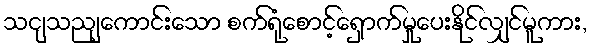
သငျသညျကောင်းသော စက်ရုံစောင့်ရှောက်မှုပေးနိုင်လျှင်မူကား,